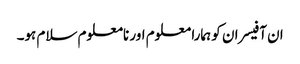
ان آفیسران کو ہمارا معلوم اور نامعلوم سلام ہو۔